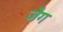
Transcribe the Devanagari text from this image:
जैग